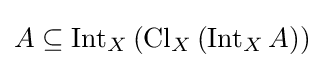
A\subseteq \operatorname {Int} _{X}\left(\operatorname {Cl} _{X}\left(\operatorname {Int} _{X}A\right)\right)